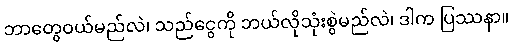
ဘာတွေဝယ်မည်လဲ၊ သည်ငွေကို ဘယ်လိုသုံးစွဲမည်လဲ၊ ဒါက ပြဿနာ။